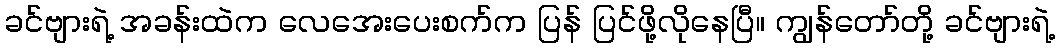
ခင်ဗျားရဲ့ အခန်းထဲက လေအေးပေးစက်က ပြန် ပြင်ဖို့လိုနေပြီ။ ကျွန်တော်တို့ ခင်ဗျားရဲ့